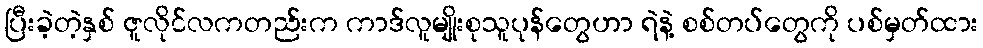
ပြီးခဲ့တဲ့နှစ် ဇူလိုင်လကတည်းက ကာဒ်လူမျိုးစုသူပုန်တွေဟာ ရဲနဲ့ စစ်တပ်တွေကို ပစ်မှတ်ထား